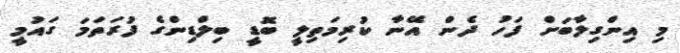
މި އިންގިލާބަށް ފަހު ދެން އޭނާ ކުރިމަތިލީ ބޮޑީ ބިލްޑިންގެ ފުރަތަމަ ގައުމީ